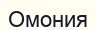
Омония